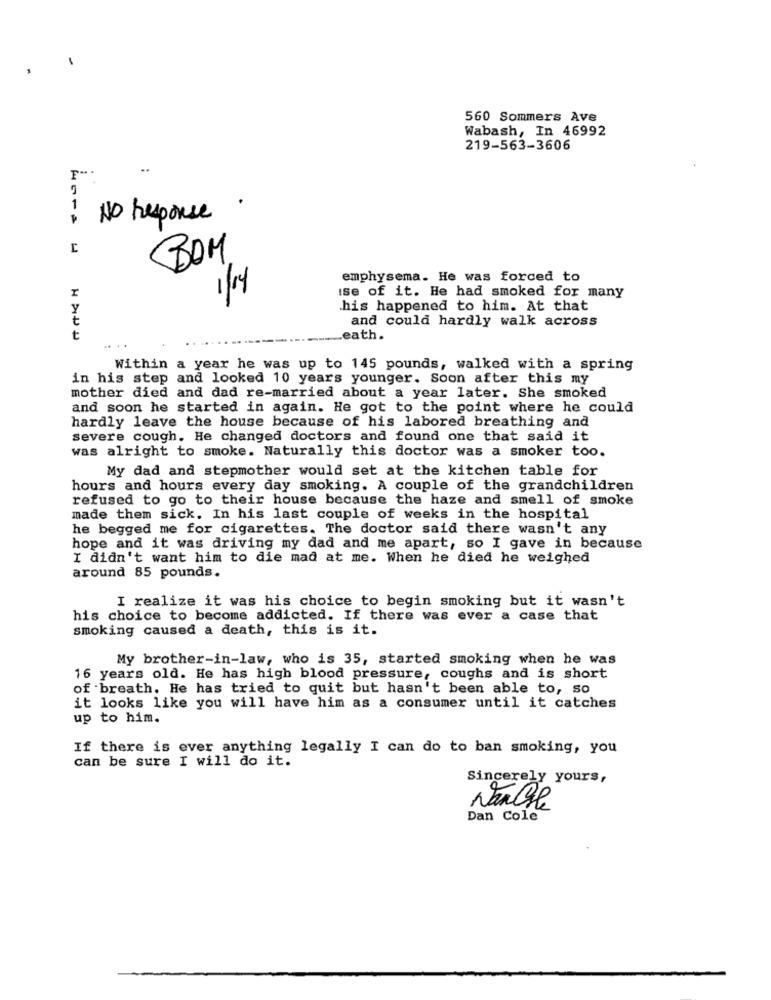
560 Sommers Ave
Wabash, In 46992
219-563-3606
..
1
.
No response
BOM
emphysema. He was forced to
1/4
ise of it. He had smoked for many
Y
his happened to him. At that
t
and could hardly walk across
t
Leath.
.. ..
Within a year he was up to 145 pounds, walked with a spring
in his step and looked 10 years younger. Soon after this my
mother died and dad re-married about a year later. She smoked
and soon he started in again. He got to the point where he could
hardly leave the house because of his labored breathing and
severe cough. He changed doctors and found one that said it
was alright to smoke. Naturally this doctor was a smoker too.
My dad and stepmother would set at the kitchen table for
hours and hours every day smoking. A couple of the grandchildren
refused to go to their house because the haze and smell of smoke
made them sick. In his last couple of weeks in the hospital
he begged me for cigarettes. The doctor said there wasn't any
hope and it was driving my dad and me apart, so I gave in because
I didn't want him to die mad at me. When he died he weighed
around 85 pounds.
I realize it was his choice to begin smoking but it wasn't
his choice to become addicted. If there was ever a case that
smoking caused a death, this is it.
My brother-in-law, who is 35, started smoking when he was
16 years old. He has high blood pressure, coughs and is short
of breath. He has tried to quit but hasn't been able to, so
it looks like you will have him as a consumer until it catches
up to him.
If there is ever anything legally I can do to ban smoking, you
can be sure I will do it.
Sincerely yours,
Nancyle
Dan Cole